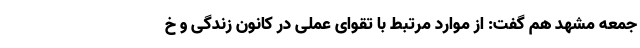
جمعه مشهد هم گفت: از موارد مرتبط با تقوای عملی در کانون زندگی و خ